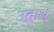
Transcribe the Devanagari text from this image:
उद्गाथ